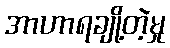
အာဟာရချို့တဲ့မှု